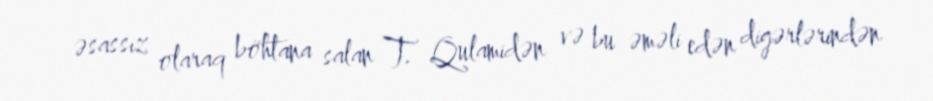
əsassız olaraq böhtana salan T. Qulamidən və bu əməli edən digərlərindən